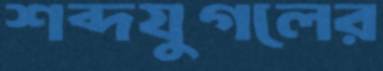
শব্দযুগলের